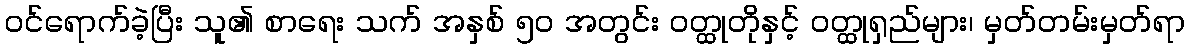
ဝင်ရောက်ခဲ့ပြီး သူ၏ စာရေး သက် အနှစ် ၅၀ အတွင်း ဝတ္ထုတိုနှင့် ဝတ္ထုရှည်များ၊ မှတ်တမ်းမှတ်ရာ